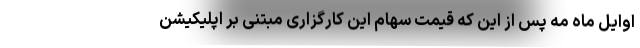
اوایل ماه مه پس از این که قیمت سهام این کارگزاری مبتنی بر اپلیکیشن